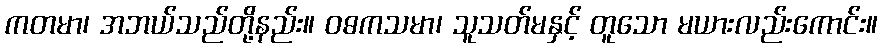
ကတမာ၊ အဘယ်သည်တို့နည်း။ ဝဓကသမာ၊ သူသတ်မနှင့် တူသော မယားလည်းကောင်း။